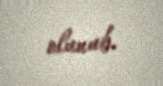
olunub.